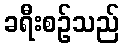
ခရီးစဉ်သည်